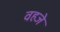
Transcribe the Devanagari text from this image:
वहजे